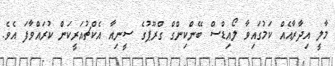
މާލީ އިދާރާއެއް ކަމުގައިވާ ލޯއިޑްސް ބޭންކިންގް ގްރޫޕުގެ ސީނިއާ އެކްޗުއަރީކަން ކުރައްވާފަ އެވެ.